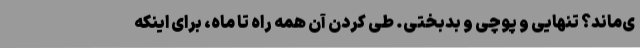
ی‌ماند؟ تنهایی و پوچی و بدبختی. طی کردن آن همه راه تا ماه، برای اینکه